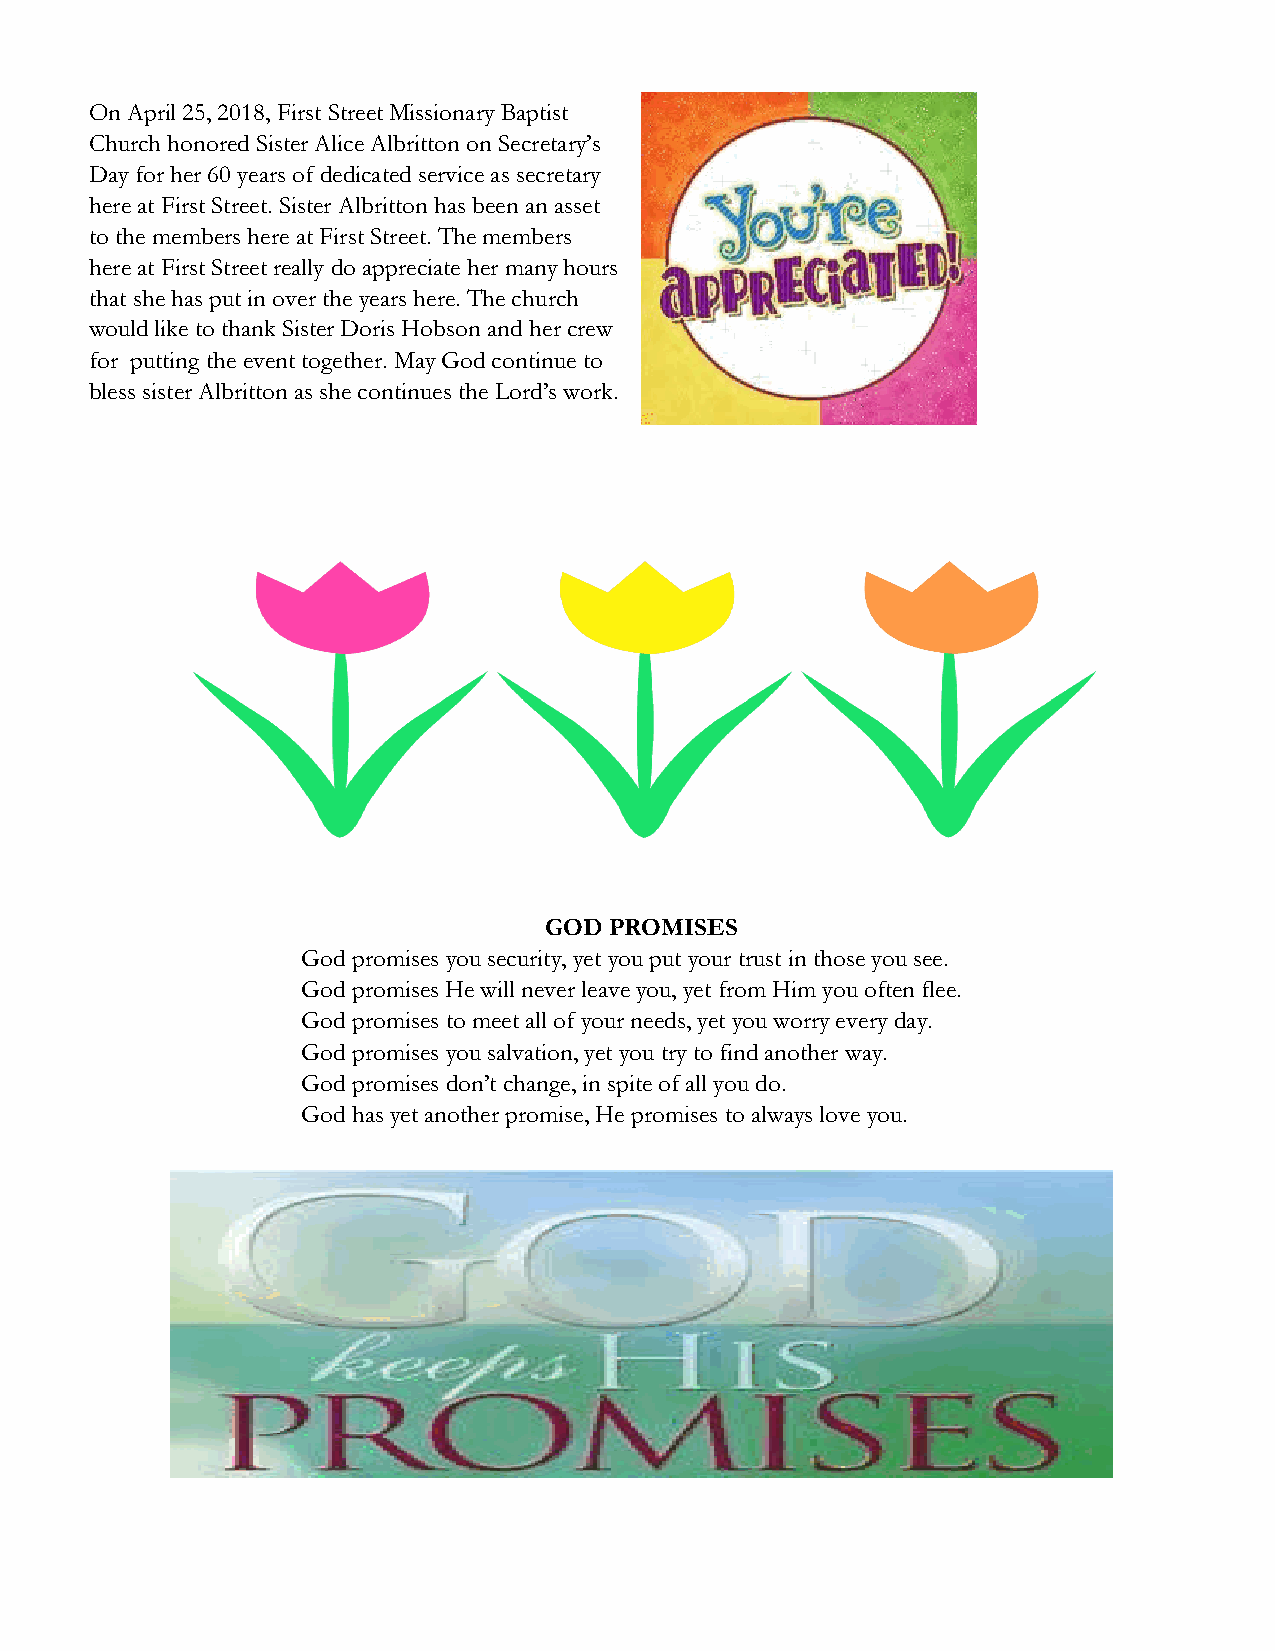
On April 25, 2018, First Street Missionary Baptist
 Church honored Sister Alice Albritton on Secretary’s
 Day for her 60 years of dedicated service as secretary
 here at First Street. Sister Albritton has been an asset
 to the members here at First Street. The members
 here at First Street really do appreciate her many hours
 that she has put in over the years here. The church
 would like to thank Sister Doris Hobson and her crew
 for putting the event together. May God continue to
 bless sister Albritton as she continues the Lord’s work.
 GOD PROMISES
 God promises you security, yet you put your trust in those you see.
 God promises He will never leave you, yet from Him you often flee.
 God promises to meet all of your needs, yet you worry every day.
 God promises you salvation, yet you try to find another way.
 God promises don’t change, in spite of all you do.
 God has yet another promise, He promises to always love you.